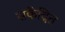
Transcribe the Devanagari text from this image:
सकेंद्रित